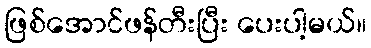
ဖြစ်အောင်ဖန်တီးပြီး ပေးပါ့မယ်။